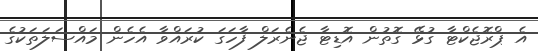
އެ ޕްރޮޖެކްޓާ ގުޅޭ ގޮތުން އޮޑިޓާ ޖެނެރަލް ފާހަގަ ކުރައްވާ އެހެން މައްސަލަތަކުގެ